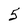
Character: 5